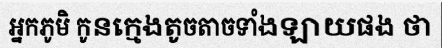
អ្នកភូមិ កូនក្មេងតូចតាចទាំងឡាយផង ថា